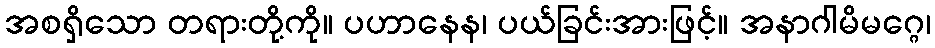
အစရှိသော တရားတို့ကို။ ပဟာနေန၊ ပယ်ခြင်းအားဖြင့်။ အနာဂါမိမဂ္ဂေ၊